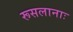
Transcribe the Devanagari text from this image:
रूसलानाः